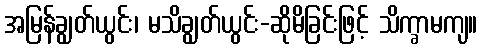
အမြန်ချွတ်ယွင်း၊ မသိချွတ်ယွင်း-ဆိုမိခြင်းဖြင့် သိက္ခာမကျ။